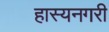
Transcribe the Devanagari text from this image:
हास्यनगरी